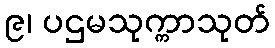
၉၊ ပဌမသုက္ကာသုတ်